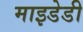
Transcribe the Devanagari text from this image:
माइडेडी